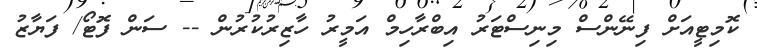
ކޮމިޓީއަށް ފިނޭންސް މިނިސްޓަރު އިބްރާހިމް އަމީރު ހާޒިރުކުރުން -- ސަން ފޮޓޯ/ ފަޔާޒު